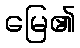
မြေ၏